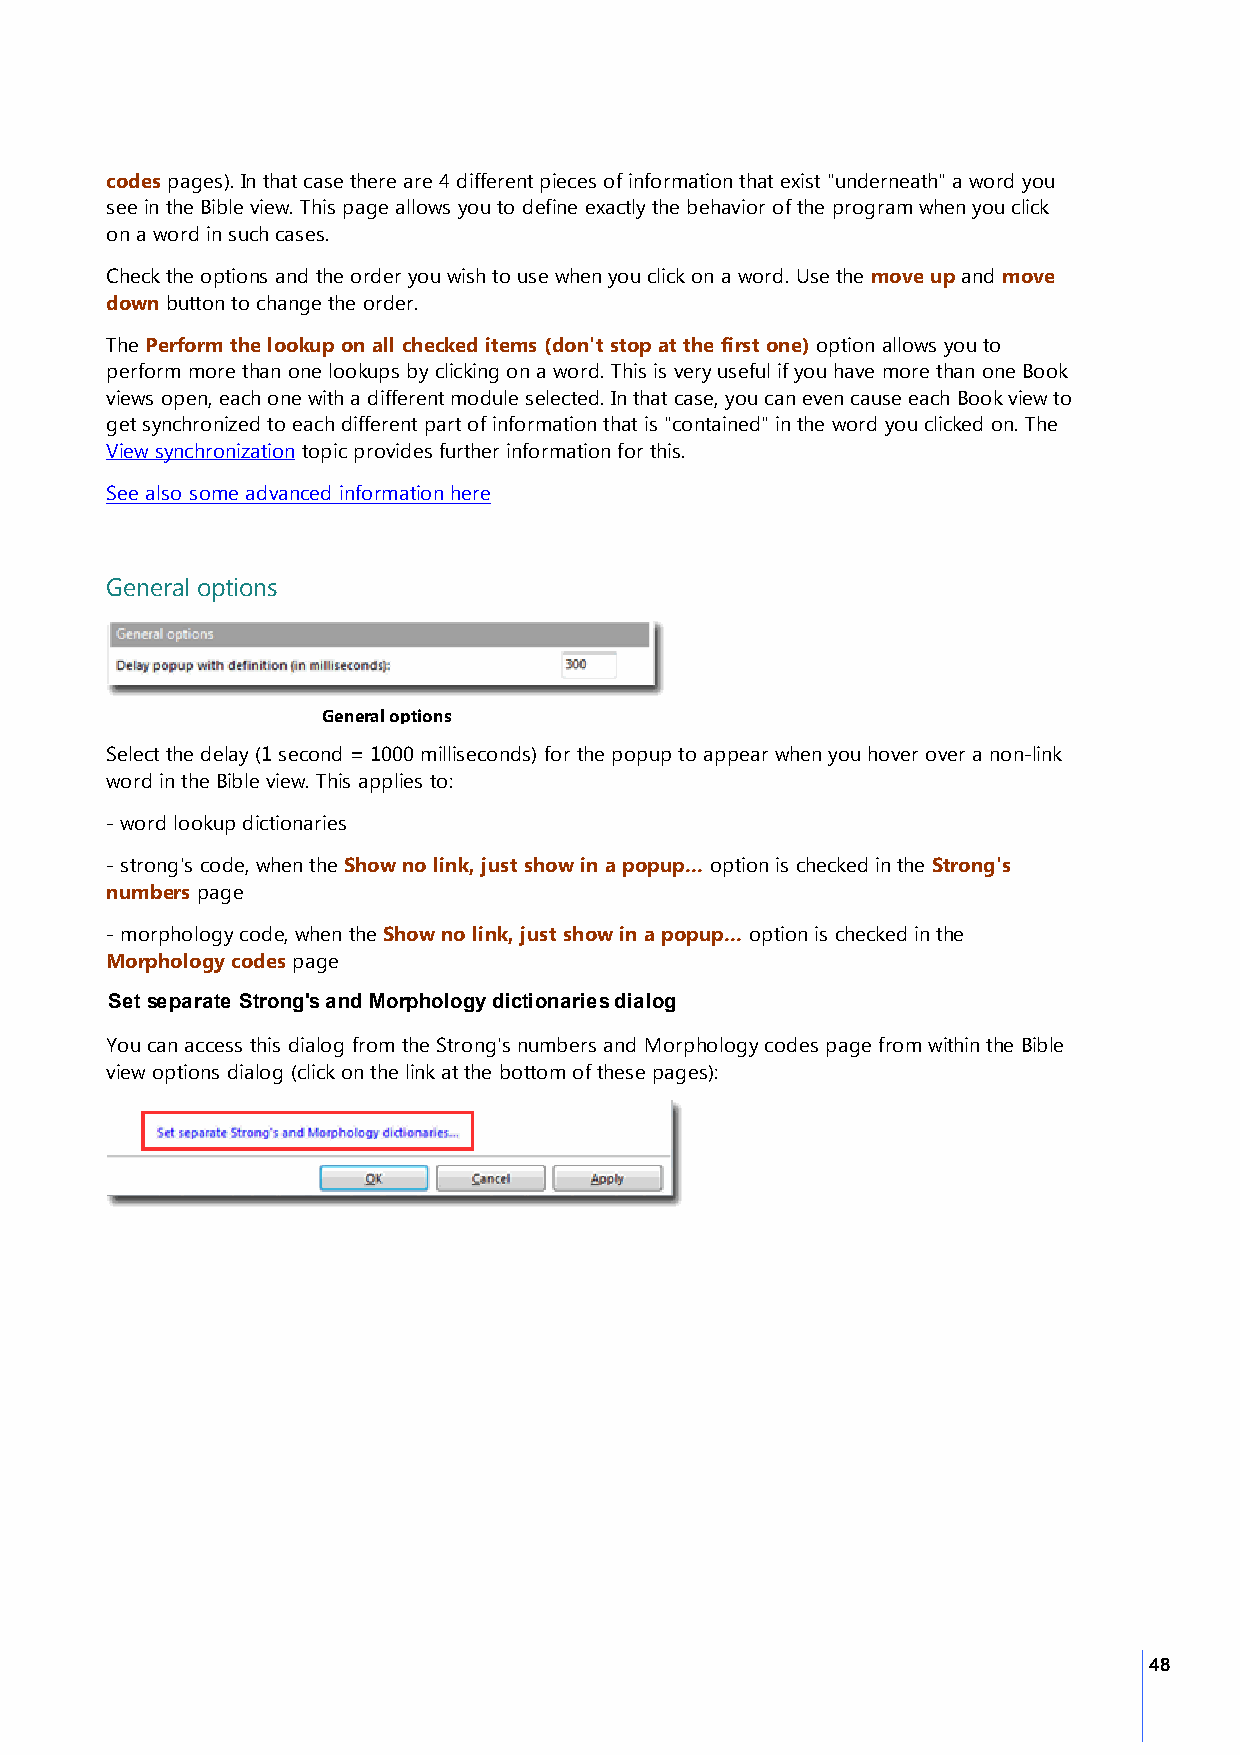
codes pages). In that case there are 4 different pieces of information that exist "underneath" a word you
 see in the Bible view. This page allows you to define exactly the behavior of the program when you click
 on a word in such cases.
 Check the options and the order you wish to use when you click on a word. Use the move up and move
 down button to change the order.
 The Perform the lookup on all checked items (don't stop at the first one) option allows you to
 perform more than one lookups by clicking on a word. This is very useful if you have more than one Book
 views open, each one with a different module selected. In that case, you can even cause each Book view to
 get synchronized to each different part of information that is "contained" in the word you clicked on. The
 View synchronization topic provides further information for this.
 See also some advanced information here
 General options
 General options
 Select the delay (1 second = 1000 milliseconds) for the popup to appear when you hover over a non-link
 word in the Bible view. This applies to:
 - word lookup dictionaries
 - strong's code, when the Show no link, just show in a popup... option is checked in the Strong's
 numbers page
 - morphology code, when the Show no link, just show in a popup... option is checked in the
 Morphology codes page
 Set separate Strong's and Morphology dictionaries dialog
 You can access this dialog from the Strong's numbers and Morphology codes page from within the Bible
 view options dialog (click on the link at the bottom of these pages):
 48